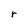
Character: r